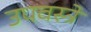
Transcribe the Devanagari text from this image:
उपवस्त्रे